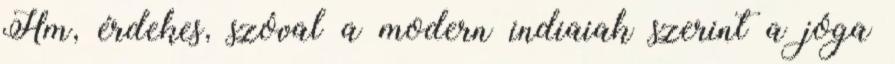
Hm, érdekes, szóval a modern indiaiak szerint a jóga